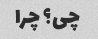
چی؟ چرا